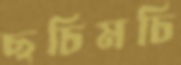
ছচিমচি